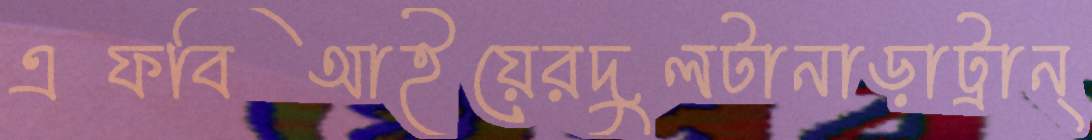
এফবিআইয়েরদুলটানাড়াট্রান্